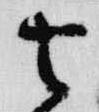
去